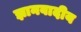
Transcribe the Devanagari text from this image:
ज्ञानवादीय